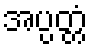
အပ္ပတ္တံ